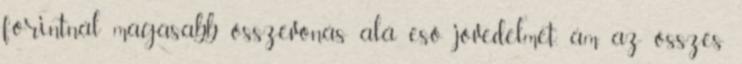
forintnál magasabb összevonás alá eső jövedelmet, ám az összes